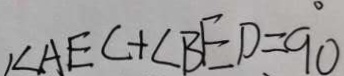
\angle A E C + \angle B E D = 9 0